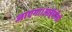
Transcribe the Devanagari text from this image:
जाएगा।आईसीसी